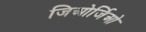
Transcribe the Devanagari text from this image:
जिओर्जिओ